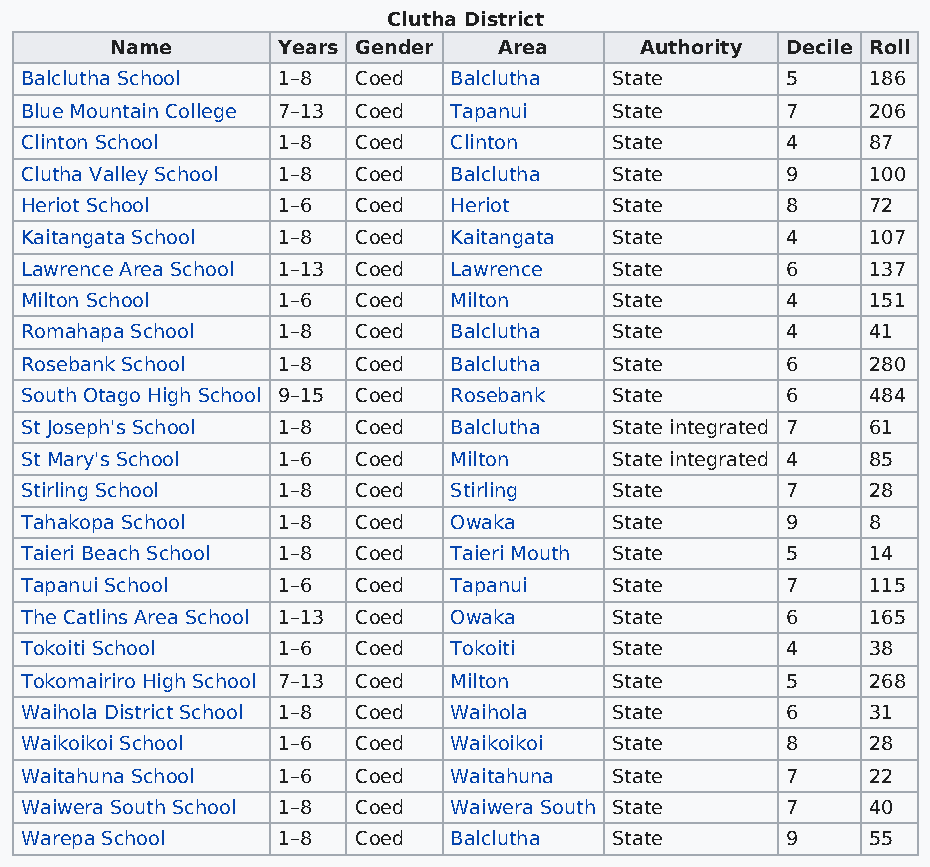
Clutha District
 Name       Years Gender   Area     Authority Decile Roll
 Balclutha School 1–8  Coed   Balclutha State       5    186
 Blue Mountain College 7–13 Coed Tapanui State      7    206
 Clinton School   1–8  Coed   Clinton   State       4    87
 Clutha Valley School 1–8 Coed Balclutha State      9    100
 Heriot School    1–6  Coed   Heriot    State       8    72
 Kaitangata School 1–8 Coed   Kaitangata State      4    107
 Lawrence Area School 1–13 Coed Lawrence State      6    137
 Milton School    1–6  Coed   Milton    State       4    151
 Romahapa School  1–8  Coed   Balclutha State       4    41
 Rosebank School  1–8  Coed   Balclutha State       6    280
 South Otago High School 9–15 Coed Rosebank State   6    484
 St Joseph's School 1–8 Coed  Balclutha State integrated 7 61
 St Mary's School 1–6  Coed   Milton    State integrated 4 85
 Stirling School  1–8  Coed   Stirling  State       7    28
 Tahakopa School  1–8  Coed   Owaka     State       9    8
 Taieri Beach School 1–8 Coed Taieri Mouth State    5    14
 Tapanui School   1–6  Coed   Tapanui   State       7    115
 The Catlins Area School 1–13 Coed Owaka State      6    165
 Tokoiti School   1–6  Coed   Tokoiti   State       4    38
 Tokomairiro High School 7–13 Coed Milton State     5    268
 Waihola District School 1–8 Coed Waihola State     6    31
 Waikoikoi School 1–6  Coed   Waikoikoi State       8    28
 Waitahuna School 1–6  Coed   Waitahuna State       7    22
 Waiwera South School 1–8 Coed Waiwera South State  7    40
 Warepa School    1–8  Coed   Balclutha State       9    55